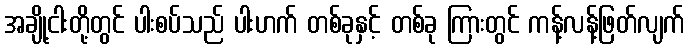
အချို့ငါးတို့တွင် ပါးစပ်သည် ပါးဟက် တစ်ခုနှင့် တစ်ခု ကြားတွင် ကန့်လန့်ဖြတ်လျက်